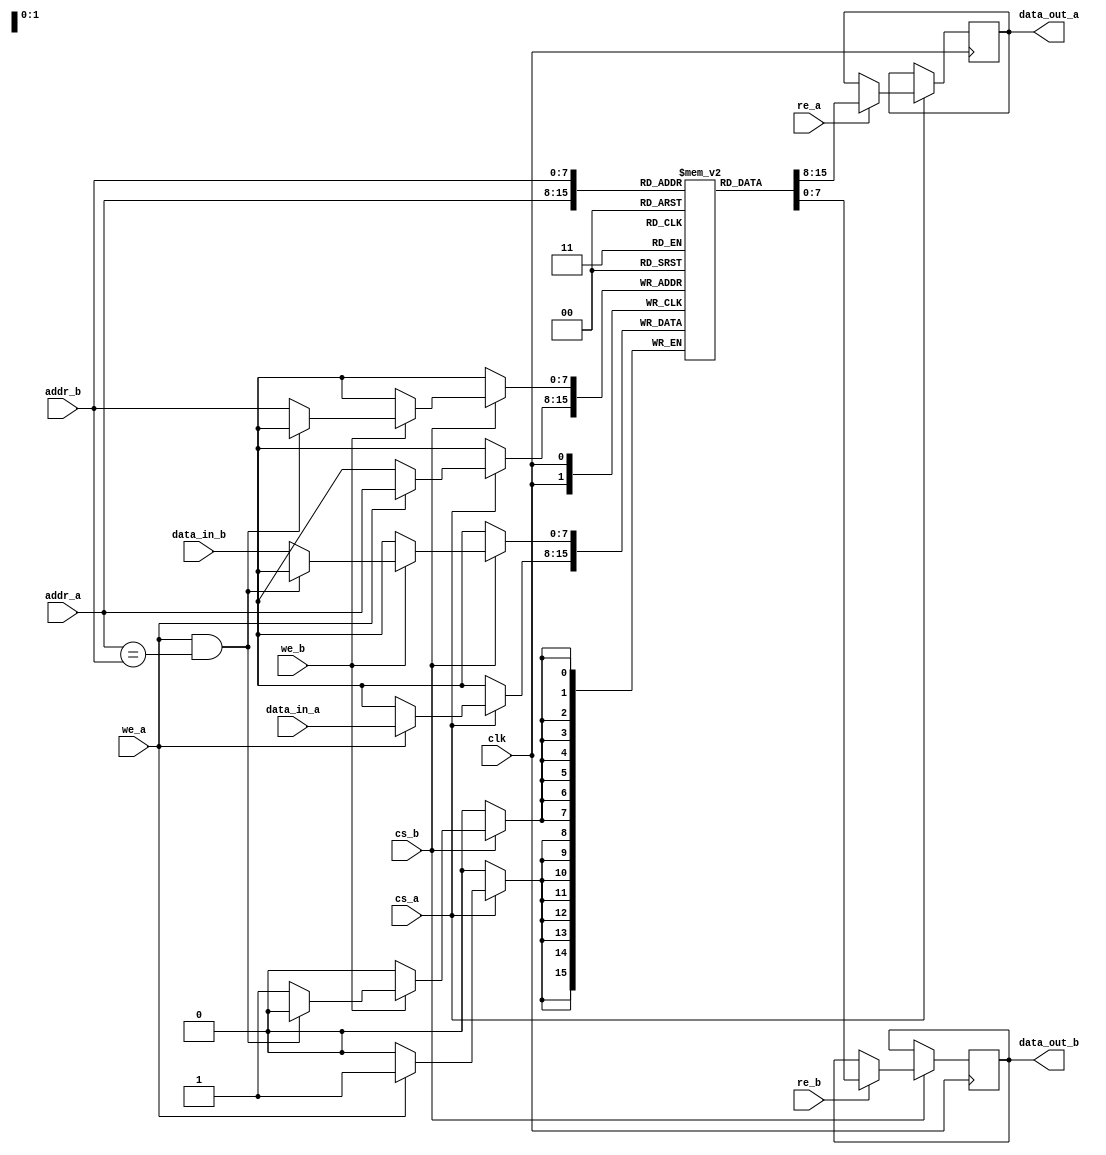
module dual_port_sram #(
    parameter DATA_WIDTH = 8,    // Parameter for data width
    parameter ADDR_WIDTH = 8,    // Parameter for address width
    parameter MEM_SIZE = 1 << ADDR_WIDTH // Memory size based on address width
)(
    input wire clk,               // Clock signal
    input wire cs_a,              // Chip select for Port A
    input wire we_a,              // Write enable for Port A
    input wire re_a,              // Read enable for Port A
    input wire [ADDR_WIDTH-1:0] addr_a, // Address for Port A
    input wire [DATA_WIDTH-1:0] data_in_a, // Data input for Port A
    output reg [DATA_WIDTH-1:0] data_out_a, // Data output for Port A

    input wire cs_b,              // Chip select for Port B
    input wire we_b,              // Write enable for Port B
    input wire re_b,              // Read enable for Port B
    input wire [ADDR_WIDTH-1:0] addr_b, // Address for Port B
    input wire [DATA_WIDTH-1:0] data_in_b, // Data input for Port B
    output reg [DATA_WIDTH-1:0] data_out_b // Data output for Port B
);

    // Memory array
    reg [DATA_WIDTH-1:0] mem [0:MEM_SIZE-1];

    // Process for Port A
    always @(posedge clk) begin
        if (cs_a) begin
            if (we_a) begin
                // Write operation for Port A
                mem[addr_a] <= data_in_a;
            end
            if (re_a) begin
                // Read operation for Port A
                data_out_a <= mem[addr_a];
            end
        end
    end

    // Process for Port B
    always @(posedge clk) begin
        if (cs_b) begin
            if (we_b) begin
                // Write operation for Port B
                // Prevent simultaneous writes to the same address
                if (!(we_a && (addr_a == addr_b))) begin
                    mem[addr_b] <= data_in_b;
                end
            end
            if (re_b) begin
                // Read operation for Port B
                data_out_b <= mem[addr_b];
            end
        end
    end

endmodule